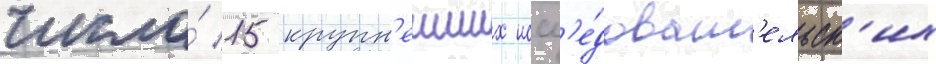
число́ 15 крупн'еиших иссл'е́доват'ельск'их